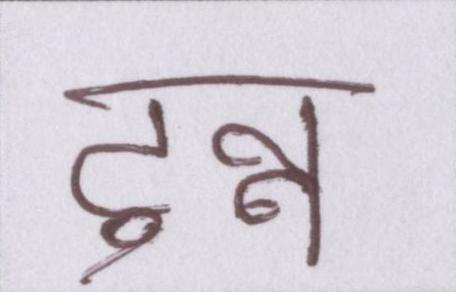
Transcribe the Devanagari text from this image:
टुन्न